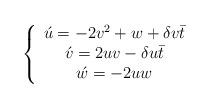
LaTeX: \begin{align*}\left\{\begin{array}[c]{c}\acute{u}=-2v^{2}+w+\delta v\bar{t}\\\acute{v}=2uv-\delta u\bar{t}\\\acute{w}=-2uw\end{array}\right. \end{align*}